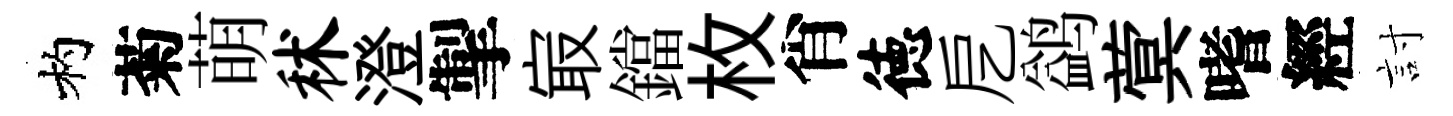
杓菊萌秫澄掣㝡鐺枚肖徳戹鹢蓂嗜經討